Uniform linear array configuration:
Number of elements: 48
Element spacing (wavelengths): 0.75
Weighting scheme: blackman
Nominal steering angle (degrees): -30
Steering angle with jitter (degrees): -29.542
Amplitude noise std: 0.05
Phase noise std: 0.05

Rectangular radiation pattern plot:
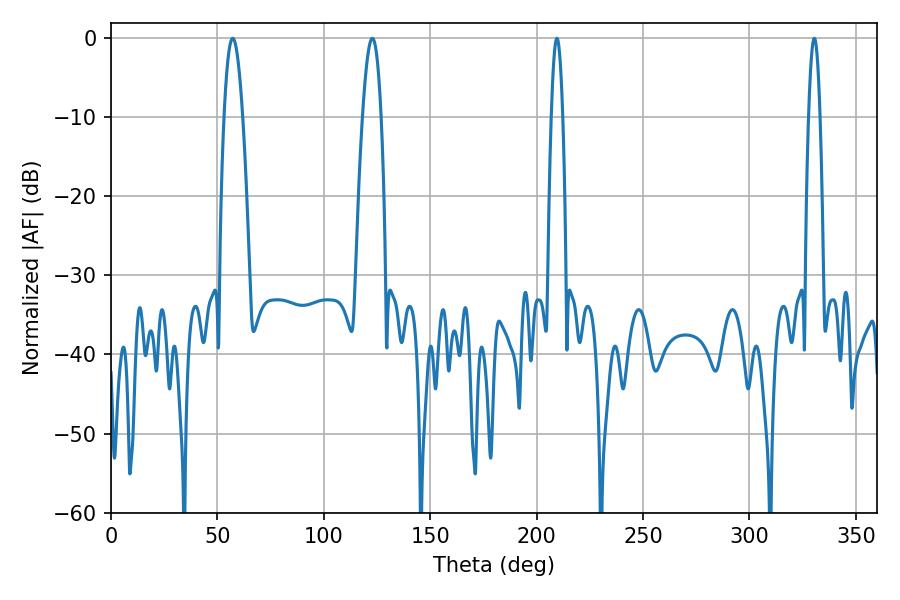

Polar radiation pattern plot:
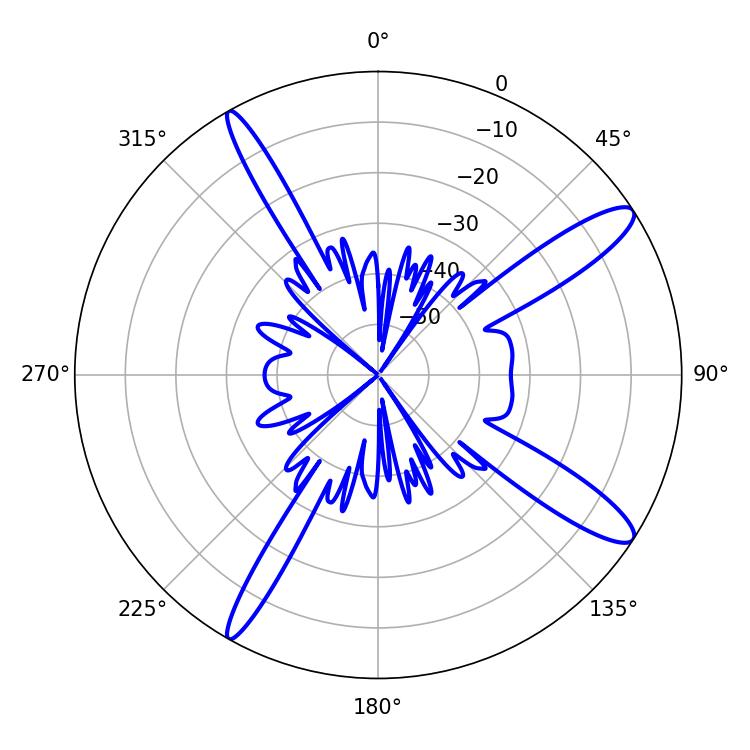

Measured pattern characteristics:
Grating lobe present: TRUE
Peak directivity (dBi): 13.115
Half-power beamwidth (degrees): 2.88
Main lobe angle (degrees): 209.52